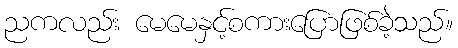
ညကလည်း မေမေနှင့်စကားပြောဖြစ်ခဲ့သည်။